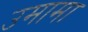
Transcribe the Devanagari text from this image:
उमामा